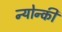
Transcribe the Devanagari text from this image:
न्योन्की